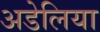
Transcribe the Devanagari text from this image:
अडेलिया